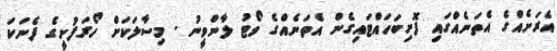
އެރަށެއްގެ އެތަނެއްގައި ފޮށިބަހައްޓައިގެން އެތަނެއްގެ ވޯޓު ލާންވީނު . މިސާލަކަށް ހޯރަފުށީގެ ފެނަކަ